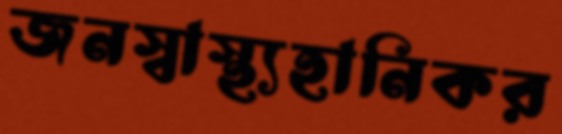
জনস্বাস্থ্যহানিকর